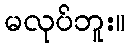
မလုပ်ဘူး။